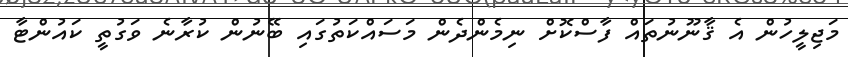
މަޖިލީހުން އެ ޤާނޫނުތައް ފާސްކޮށް ނިމެންދެން މަސައްކަތުގައި ބޭނުން ކުރާނެ ވަގުތީ ކައުންޓާ